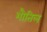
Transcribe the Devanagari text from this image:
शौतिल